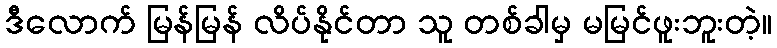
ဒီလောက် မြန်မြန် လိပ်နိုင်တာ သူ တစ်ခါမှ မမြင်ဖူးဘူးတဲ့။